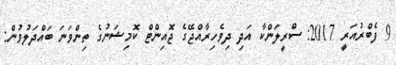
9 ފެބްރުއަރީ 2017: ސްރީލަންކާ އަދި ދިވެހިރާއްޖޭގެ ޖޮއިންޓް ކޮމިޝަނުގެ ތިންވަނަ ބައްދަލުވުން: